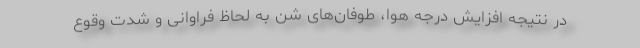
در نتیجه افزایش درجه هوا، طوفان‌های شن به لحاظ فراوانی و شدت وقوع